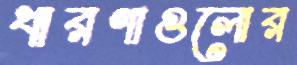
ধারণাগুলোর